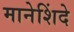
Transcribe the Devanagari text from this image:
मानेशिंदे